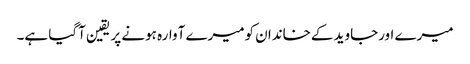
میرے اورجاوید کےخاندان کومیرے آوارہ ہونے پر یقین آگیا ہے۔